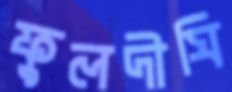
ফুলদীঘি